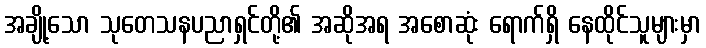
အချို့သော သုတေသနပညာရှင်တို့၏ အဆိုအရ အစောဆုံး ရောက်ရှိ နေထိုင်သူများမှာ